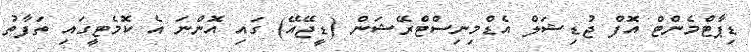
ޑިޕާޓްމެންޓް އޮފް ޖުޑިޝަލް އެޑްމިނިސްޓްރޭޝަން (ޑީޖޭއޭ) ގައި އޮންނަ އެ ކޮމެޓީގައި ތަފާތު